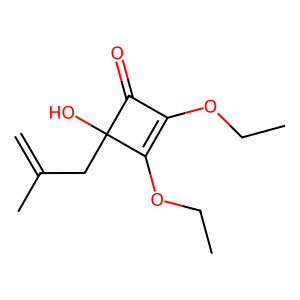
SMILES: C=C(C)CC1(O)C(=O)C(OCC)=C1OCC
Inhibits HIV replication: No